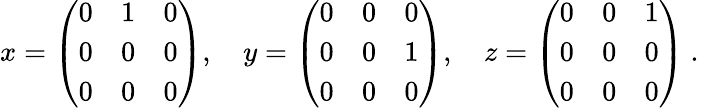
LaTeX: x=\left({\begin{array}{ccc}{0}&{1}&{0}\\ {0}&{0}&{0}\\ {0}&{0}&{0}\end{array}}\right),\quad y=\left({\begin{array}{ccc}{0}&{0}&{0}\\ {0}&{0}&{1}\\ {0}&{0}&{0}\end{array}}\right),\quad z=\left({\begin{array}{ccc}{0}&{0}&{1}\\ {0}&{0}&{0}\\ {0}&{0}&{0}\end{array}}\right)~.\quad